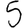
Digit: 5